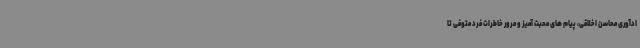
ادآوری محاسن اخلاقی، پیام های محبت آمیز و مرور خاطرات فرد متوفی تا